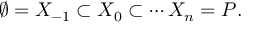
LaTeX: \varnothing = X _ { - 1 } \subset X _ { 0 } \subset \cdots X _ { n } = P .